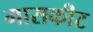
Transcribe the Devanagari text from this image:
मासकीट